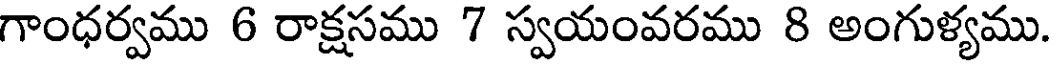
గాంధర్వము 6 రాక్షసము 7 స్వయంవరము 8 అంగుళ్యము.